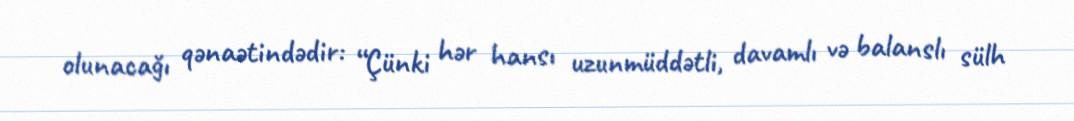
olunacağı qənaətindədir: “Çünki hər hansı uzunmüddətli, davamlı və balanslı sülh